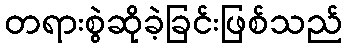
တရားစွဲဆိုခဲ့ခြင်းဖြစ်သည်